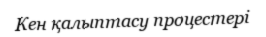
Кен қалыптасу процестері